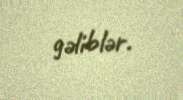
gəliblər.